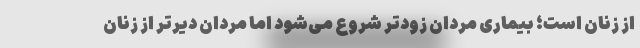
از زنان است؛ بیماری مردان زودتر شروع می‌شود اما مردان دیرتر از زنان